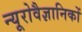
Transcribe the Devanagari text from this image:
न्यूरोवैज्ञानिकों